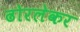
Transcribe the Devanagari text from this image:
ढोरलेकर